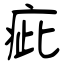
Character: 疵